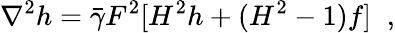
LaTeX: \nabla^{2}h=\bar{\gamma}F^{2}[H^{2}h+(H^{2}-1)f]\; \; ,